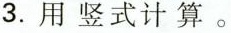
3.用竖式计算。